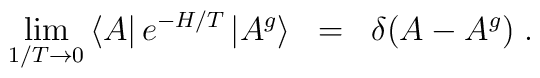
\lim_{1/T\rightarrow0}\left< A\right| e^{-H/T}\left|A^g\right>\; \; = \; \; \delta(A-A^g) \; .